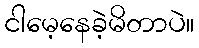
ငါမေ့နေခဲ့မိတာပဲ။